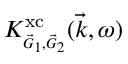
K _ { \scriptscriptstyle \vec { G } _ { 1 } , \vec { G } _ { 2 } } ^ { \mathrm { x c } } ( \vec { k } , \omega )